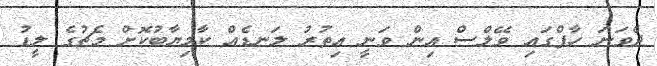
ދެވަނަ ހާފްގައި ވޭލްސް އިން ވަނީ އިތުރު ލަނޑެއް ކާމިޔާބުކޮށް މެޗުގެ ލީޑު